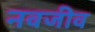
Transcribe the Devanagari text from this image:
नवजीव